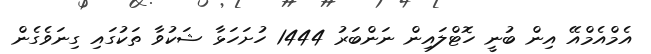
އެމްއެމްއޭ އިން ބުނީ ހޮޓްލައިން ނަންބަރު 1444 ހުށަހަޅާ ޝަކުވާ ތަކުގައި ގިނަވެގެން